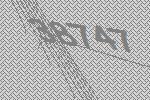
38747